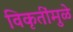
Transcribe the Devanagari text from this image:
विकृतींमुळे